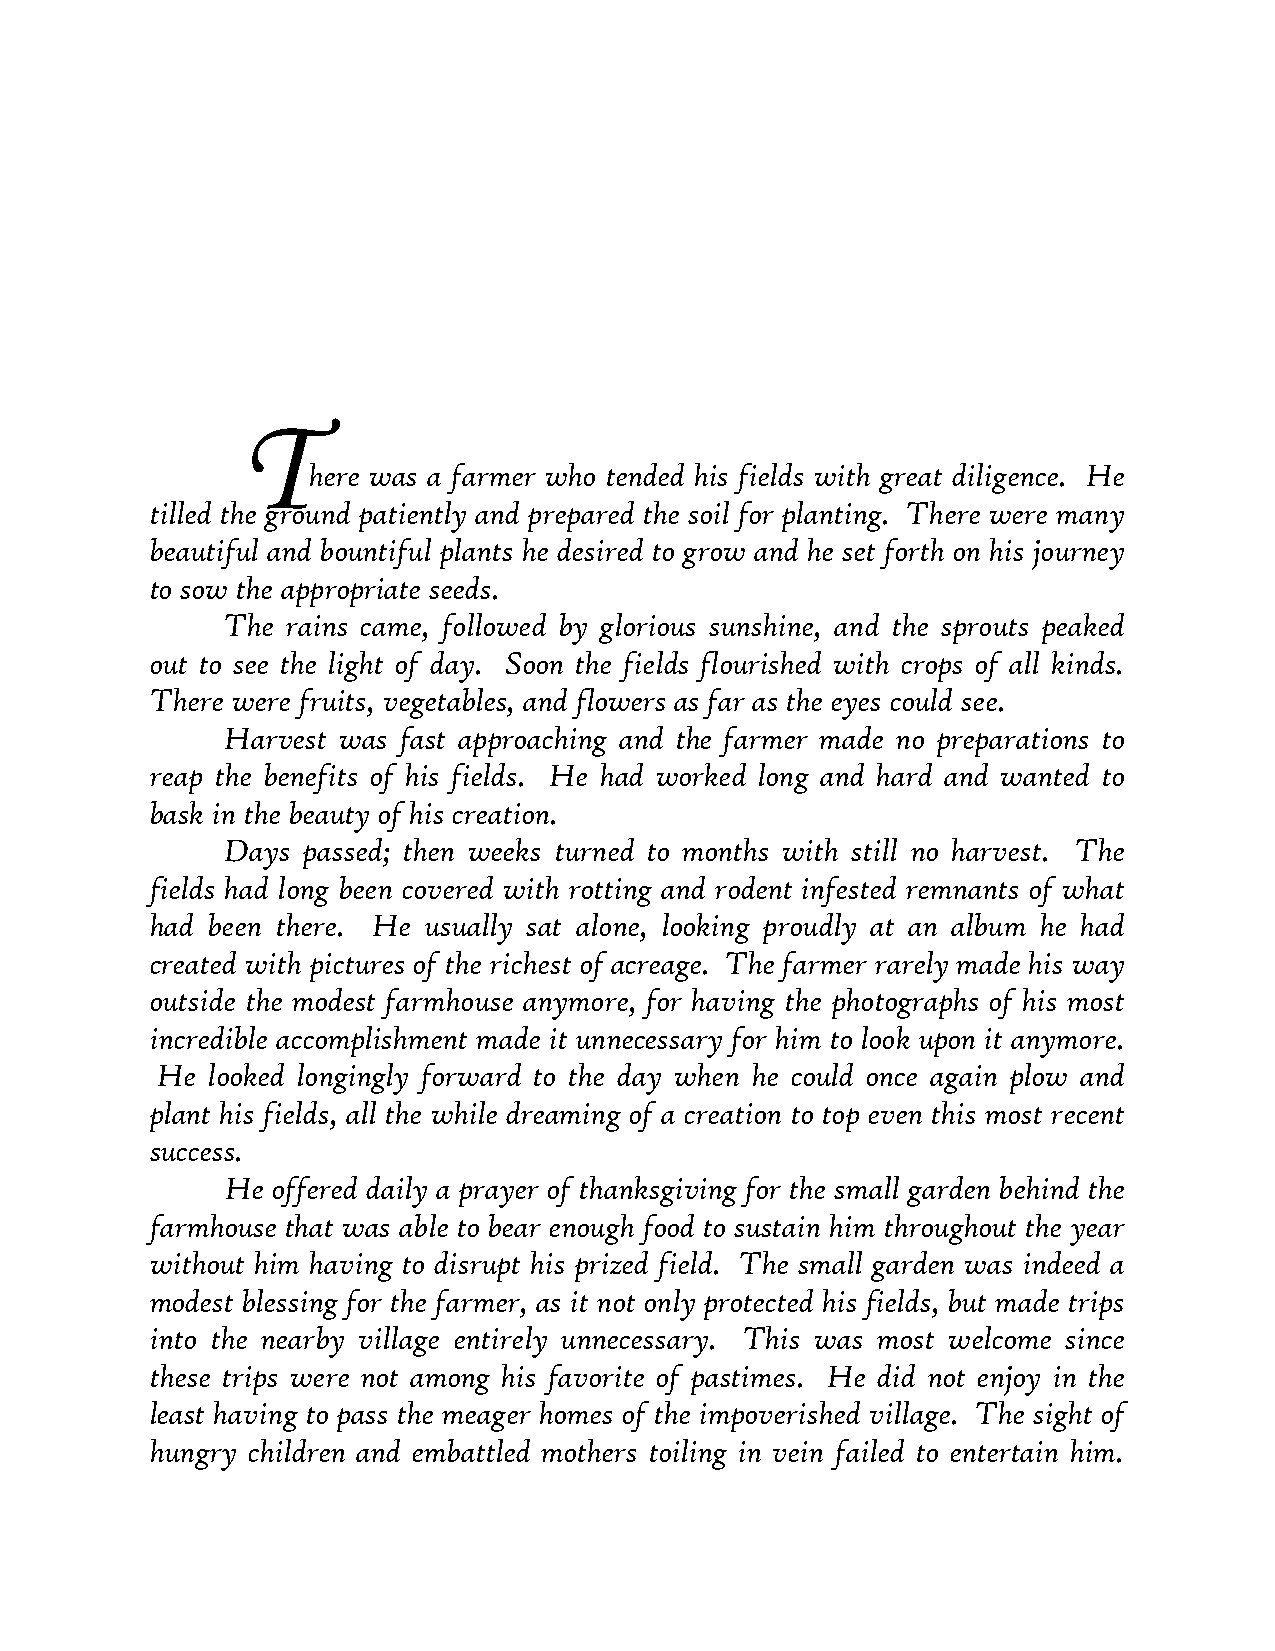
T
 here was a farmer who tended his fields with great diligence. He
 tilled the ground patiently and prepared the soil for planting. There were many
 beautiful and bountiful plants he desired to grow and he set forth on his journey
 to sow the appropriate seeds.
 The rains came, followed by glorious sunshine, and the sprouts peaked
 out to see the light of day. Soon the fields flourished with crops of all kinds.
 There were fruits, vegetables, and flowers as far as the eyes could see.
 Harvest was fast approaching and the farmer made no preparations to
 reap the benefits of his fields. He had worked long and hard and wanted to
 bask in the beauty of his creation.
 Days passed; then weeks turned to months with still no harvest. The
 fields had long been covered with rotting and rodent infested remnants of what
 had been there. He usually sat alone, looking proudly at an album he had
 created with pictures of the richest of acreage. The farmer rarely made his way
 outside the modest farmhouse anymore, for having the photographs of his most
 incredible accomplishment made it unnecessary for him to look upon it anymore.
 He  looked longingly forward to the day when he could once again plow and
 plant his fields, all the while dreaming of a creation to top even this most recent
 success.
 He offered daily a prayer of thanksgiving for the small garden behind the
 farmhouse that was able to bear enough food to sustain him throughout the year
 without him having to disrupt his prized field. The small garden was indeed a
 modest blessing for the farmer, as it not only protected his fields, but made trips
 into the nearby village entirely unnecessary. This was most welcome since
 these trips were not among his favorite of pastimes. He did not enjoy in the
 least having to pass the meager homes of the impoverished village. The sight of
 hungry children and embattled mothers toiling in vein failed to entertain him.